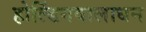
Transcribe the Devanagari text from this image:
होल्डिंगवालाधन